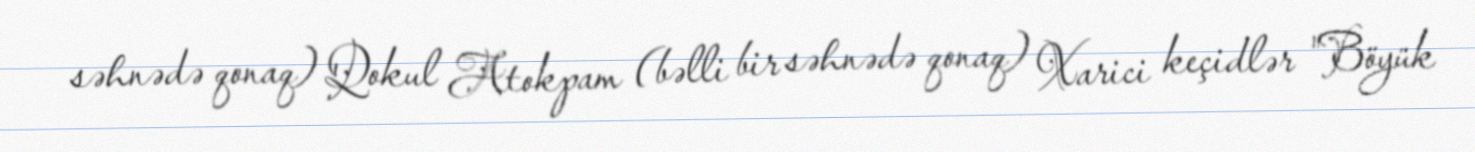
səhnədə qonaq) Qokul Atokpam (bəlli bir səhnədə qonaq) Xarici keçidlər "Böyük